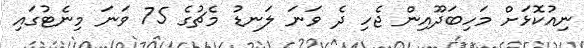
ނިއުކޮޅަށް މަހިބަދޫއިން ޖެހި ދެ ވަނަ ލަނޑު މެޗުގެ 75 ވަނަ މިނެޓުގައި